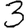
Digit: 3